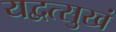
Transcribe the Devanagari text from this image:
यद्वत्सुखं